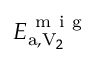
E _ { \mathrm { a } , \mathrm { V } _ { 2 } } ^ { \mathrm { ~ m ~ i ~ g ~ } }